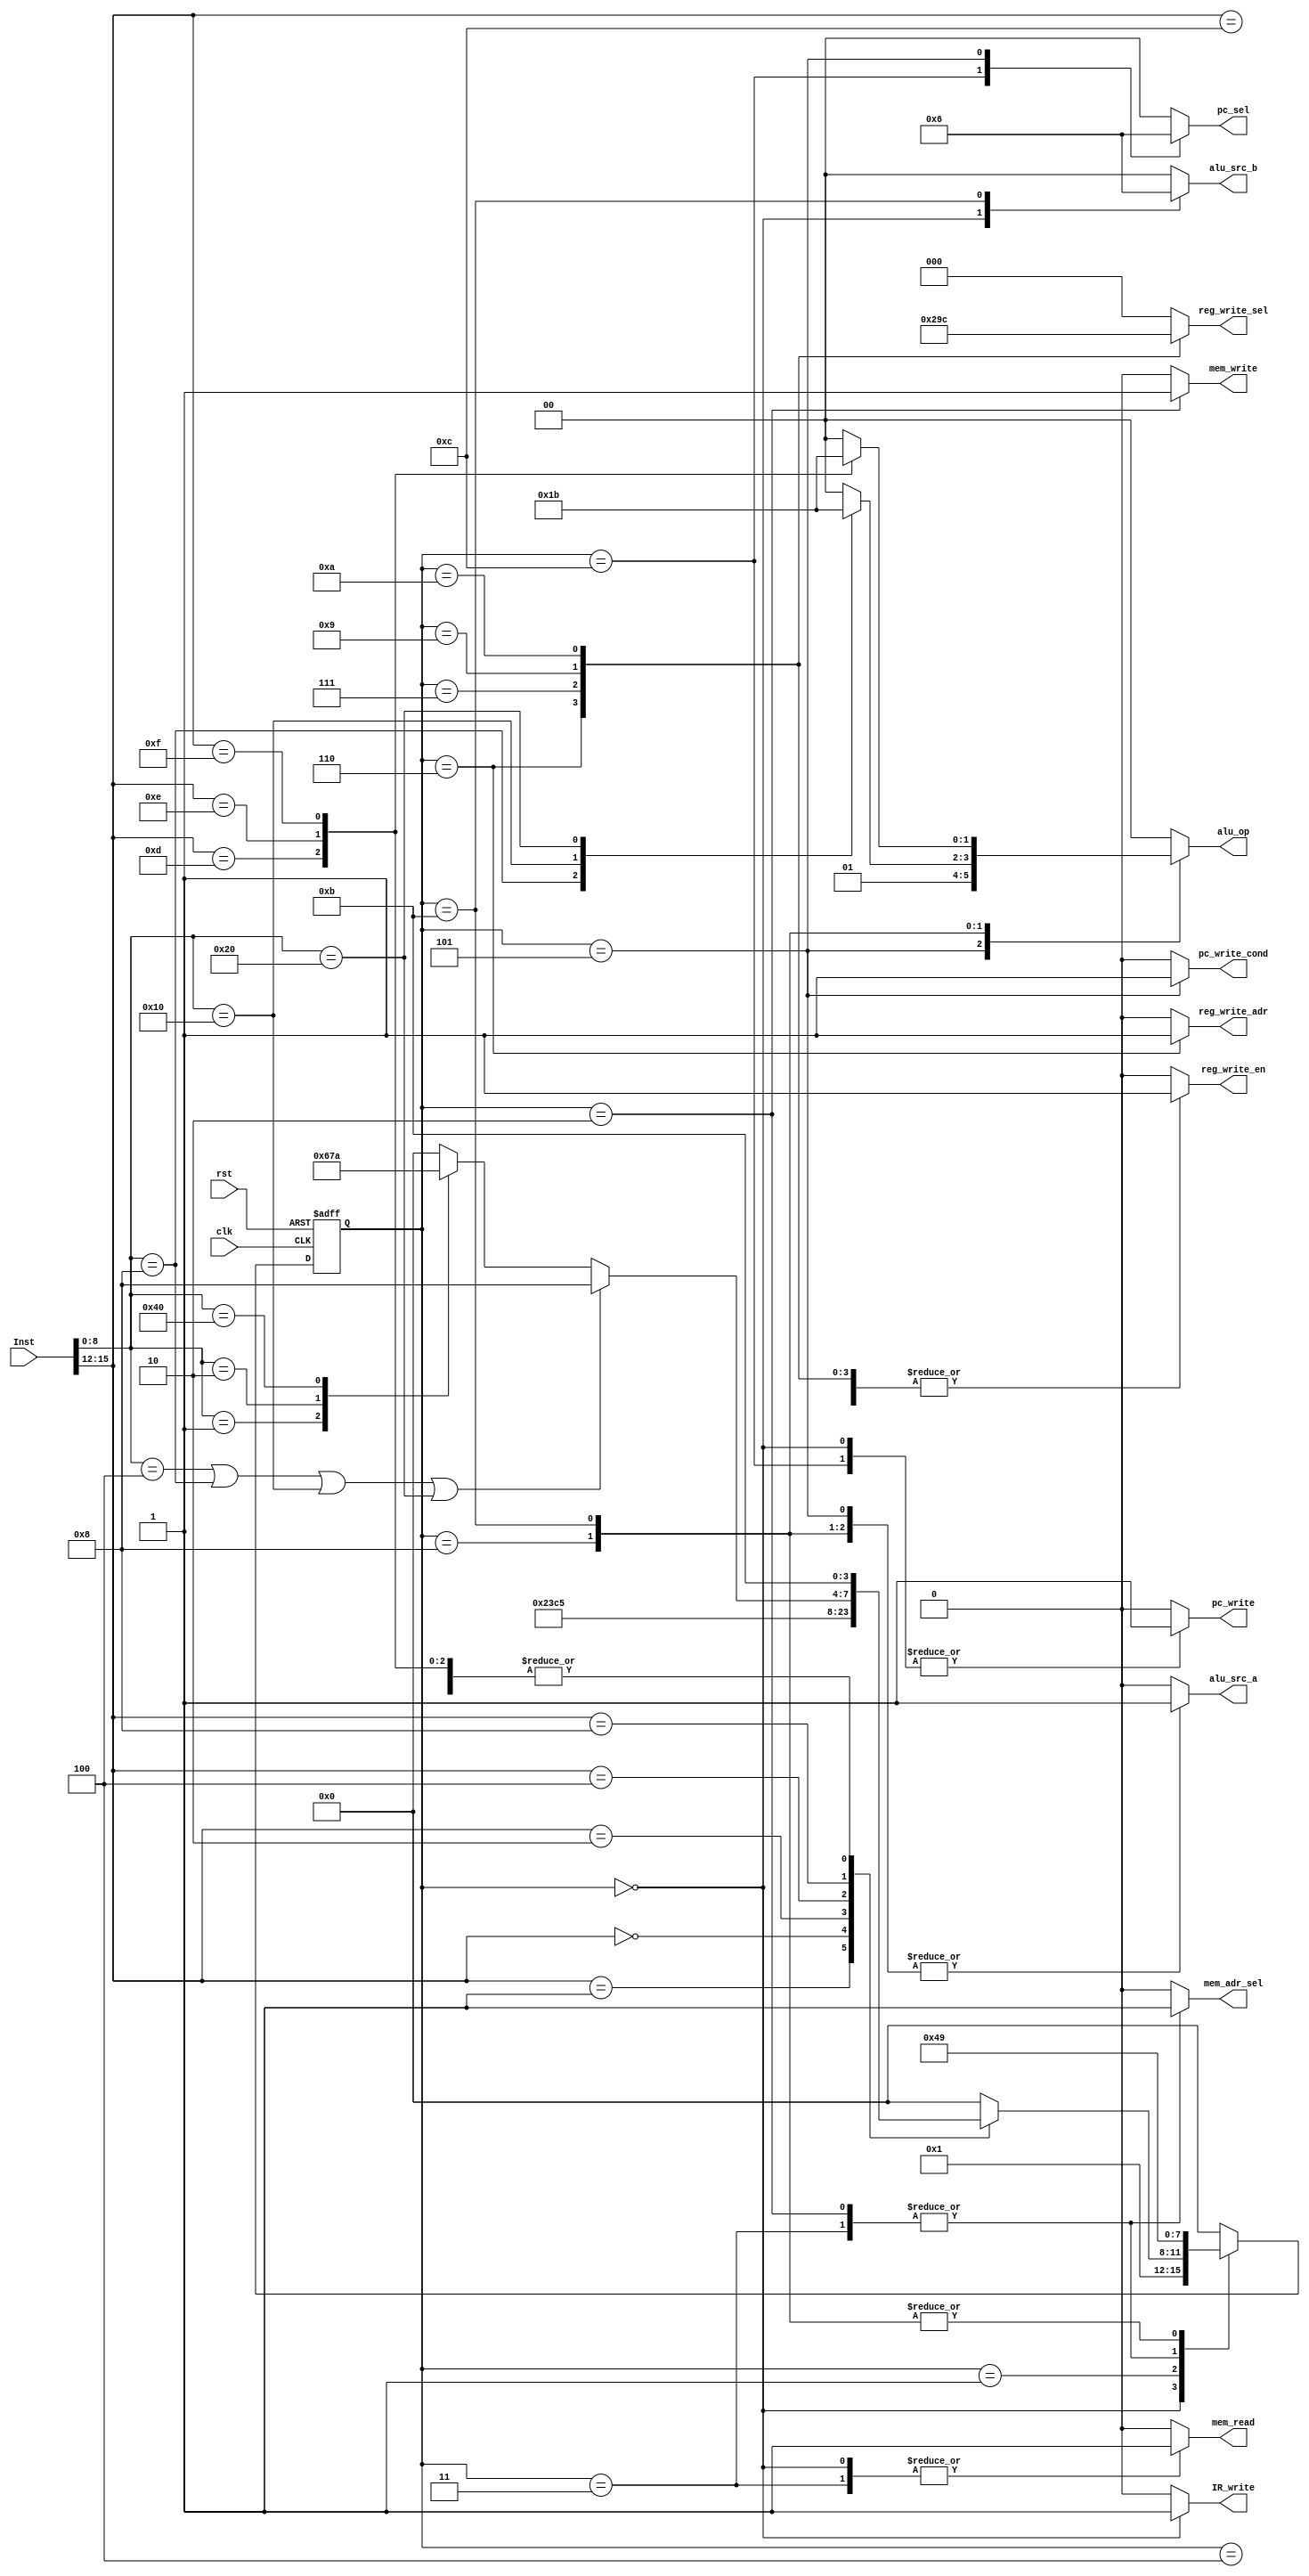
// This program was cloned from: https://github.com/sep-81/Computer-Architecture-Course-Projects
// License: MIT License

`define IF 4'b0
`define RF 4'b0001
`define sw_s 4'b0010
`define ldw_s 4'b0011
`define mem_to_reg 4'b0100
`define jump_s 4'b1100
`define brz_s 4'b0101
`define move_to_s 4'b0110
`define move_from_s 4'b0111
`define alu_s 4'b1000
`define alu_to_reg 4'b1001
`define not_s 4'b1010
`define i_type 4'b1011

`define opc_ld 4'b0000
`define opc_sw 4'b0001
`define opc_j 4'b0010 
`define opc_brz 4'b0100
`define opc_R 4'b1000
`define opc_aadi 4'b1100
`define opc_subi 4'b1101
`define opc_andi 4'b1110 
`define opc_ori 4'b1111

`define fun_move_to 9'b000000001
`define fun_move_from 9'b000000010
`define fun_add 9'b000000100
`define fun_sub 9'b000001000
`define fun_and 9'b000010000
`define fun_or 9'b000100000
`define fun_not 9'b001000000
`define fun_nop 9'b010000000

`define alu_add 2'b0
`define alu_sub 2'b01
`define alu_and 2'b10
`define alu_or 2'b11

module Controller (
    mem_read,
    alu_src_a,
    mem_adr_sel,
    IR_write,
    alu_src_b,
    alu_op,
    pc_write,
    pc_sel,
    Inst,
    mem_write,
    reg_write_adr,
    reg_write_sel,
    reg_write_en,
    pc_write_cond,
    clk,
    rst
);

  output reg mem_read, alu_src_a, mem_adr_sel, mem_write, IR_write;
  output reg pc_write, reg_write_adr, reg_write_en, pc_write_cond;
  output reg [1:0] alu_op, alu_src_b, pc_sel;
  output reg [2:0] reg_write_sel;
  input [15:0] Inst;
  input clk, rst;
  reg [3:0] ps = 4'b0, ns;
  wire [3:0] op;
  wire [11:0] adr_12, imm_data;
  wire [2:0] ri;
  wire [8:0] adr_9, func;
  assign op = Inst[15:12];
  assign adr_12 = Inst[11:0];
  assign imm_data = Inst[11:0];
  assign adr_9 = Inst[8:0];
  assign func = Inst[8:0];
  assign ri = Inst[11:9];
  always @(Inst,ps) begin
    ns = 4'b0;
    {mem_read,alu_src_a,mem_adr_sel,mem_read,mem_write,IR_write,
      pc_write,reg_write_adr,reg_write_en,pc_write_cond,
      alu_op,alu_src_b,pc_sel,reg_write_sel} = 19'b0;
    case (ps)
      `IF: begin
        {mem_read, IR_write, pc_write} = 3'b111;
        alu_src_b = 2'b01;
        alu_op = `alu_add;
        {alu_src_a, mem_adr_sel, pc_sel} = 4'b0;
        ns = `RF;
      end
      `RF: begin
        case (op)
          `opc_sw: ns = `sw_s;
          `opc_ld: ns = `ldw_s;
          `opc_j: ns = `jump_s;
          `opc_brz: ns = `brz_s;
          `opc_R: begin
            case (func)
              `fun_move_to: ns = `move_to_s;
              `fun_move_from: ns = `move_from_s;
              `fun_not: ns = `not_s;
              `fun_nop: ns = `IF;
            endcase
            if (func == `fun_add || func == `fun_sub || func == `fun_and || func == `fun_or)
              ns = `alu_s;
          end
          `opc_aadi: ns = `i_type;
          `opc_subi: ns = `i_type;
          `opc_andi: ns = `i_type;
          `opc_ori: ns = `i_type;

        endcase
      end
      `sw_s: begin
        {mem_adr_sel, mem_write} = 2'b11;
        ns = `mem_to_reg;
      end
      `ldw_s: begin
        {mem_adr_sel, mem_read} = 2'b11;
        ns = `mem_to_reg;
      end
      `mem_to_reg: begin
        {reg_write_adr, reg_write_sel} = 4'b0;
        reg_write_en = 1'b1;
        ns = `IF;
      end
      `jump_s: begin
        pc_sel = 2'b01;
        pc_write = 1'b1;
        ns = `IF;
      end
      `brz_s: begin
        {alu_src_a, pc_write_cond} = 2'b11;
        alu_src_b = 2'b0;
        alu_op = `alu_sub;
        pc_sel = 2'b10;
        ns = `IF;
      end
      `move_to_s: begin
        {reg_write_adr, reg_write_en} = 2'b11;
        reg_write_sel = 3'b001;
        ns = `IF;
      end
      `move_from_s: begin
        reg_write_en = 1'b1;
        reg_write_adr = 1'b0;
        reg_write_sel = 3'b010;
        ns = `IF;
      end
      `alu_s: begin
        alu_src_a = 1'b1;
        alu_src_b = 2'b0;
        ns = `alu_to_reg;
        case (func)
          `fun_add: alu_op = `alu_add;
          `fun_sub: alu_op = `alu_sub;
          `fun_and: alu_op = `alu_and;
          `fun_or:  alu_op = `alu_or;
        endcase
      end
      `alu_to_reg: begin
        reg_write_sel = 3'b011;
        reg_write_en = 1'b1;
        reg_write_adr = 1'b0;
        ns = `IF;
      end
      `not_s: begin
        reg_write_sel = 3'b100;
        reg_write_en = 1'b1;
        reg_write_adr = 1'b0;
        ns = `IF;
      end
      `i_type: begin
        alu_src_a = 1'b1;
        alu_src_b = 2'b10;
        ns = `alu_to_reg;
        case (op)
          `opc_aadi: alu_op = `alu_add;
          `opc_subi: alu_op = `alu_sub;
          `opc_andi: alu_op = `alu_and;
          `opc_ori:  alu_op = `alu_or;
        endcase
      end
    endcase
  end

  always @(posedge clk, posedge rst) begin
    if (rst) ps <= 4'b0;
    else ps <= ns;
  end
endmodule